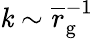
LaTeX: \mathit{k}\sim\overline{{r}}_{\mathrm{{g}}}^{-1}